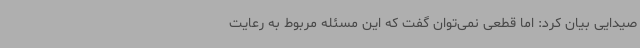
صیدایی بیان کرد: اما قطعی نمی‌توان گفت که این مسئله مربوط به رعایت